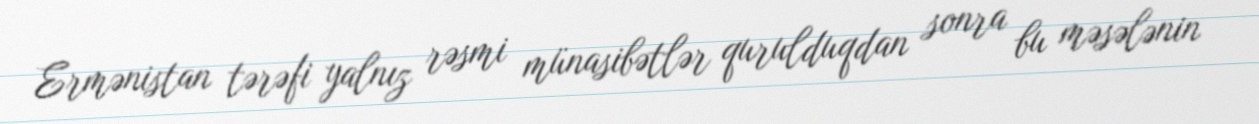
Ermənistan tərəfi yalnız rəsmi münasibətlər qurulduqdan sonra bu məsələnin